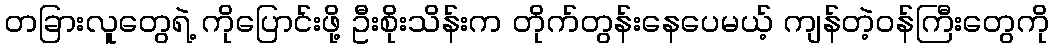
တခြားလူတွေရဲ့ ကိုပြောင်းဖို့ ဦးစိုးသိန်းက တိုက်တွန်းနေပေမယ့် ကျန်တဲ့ဝန်ကြီးတွေကို